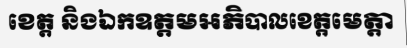
ខេត្ត និងឯកឧត្តមអភិបាលខេត្តមេត្តា